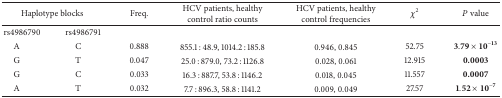
<table><thead><tr><td colspan="2"><b>Haplotype blocks</b></td><td><b>Freq.</b></td><td><b>HCV patients, healthy control ratio counts</b></td><td><b>HCV patients, healthy control frequencies</b></td><td><b><i>χ</i><sup>2</sup></b></td><td><b><i>P</i> value</b></td></tr></thead><tbody><tr><td>rs4986790</td><td>rs4986791</td><td> </td><td> </td><td> </td><td> </td><td> </td></tr><tr><td> A</td><td> C</td><td>0.888</td><td>855.1 : 48.9, 1014.2 : 185.8</td><td>0.946, 0.845</td><td>52.75</td><td>3.79 × 10<sup>−13</sup></td></tr><tr><td> G</td><td> T</td><td>0.047</td><td>25.0 : 879.0, 73.2 : 1126.8</td><td>0.028, 0.061</td><td>12.915</td><td><b>0.0003</b></td></tr><tr><td> G</td><td> C</td><td>0.033</td><td>16.3 : 887.7, 53.8 : 1146.2</td><td>0.018, 0.045</td><td>11.557</td><td><b>0.0007</b></td></tr><tr><td> A</td><td> T</td><td>0.032</td><td>7.7 : 896.3, 58.8 : 1141.2</td><td>0.009, 0.049</td><td>27.57</td><td>1.52 × 10<sup>−7</sup></td></tr></tbody></table>